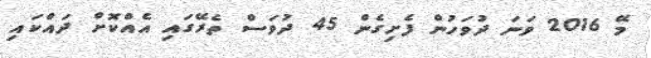
މޭ 2016 ވަނަ ދުވަހުން ފެށިގެން 45 ދުވަސް ތެރޭގައި އެއްކޮށް ދައްކައި